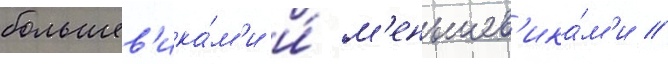
большев'ика́м'и и́ м'еньшев'ика́м'и //